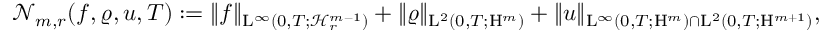
\begin{array} { r } { \mathcal { N } _ { m , r } ( f , \varrho , u , T ) : = \Vert f \Vert _ { \mathrm { L } ^ { \infty } \left( 0 , T ; \mathcal { H } _ { r } ^ { m - 1 } \right) } + \Vert \varrho \Vert _ { \mathrm { L } ^ { 2 } ( 0 , T ; \mathrm { H } ^ { m } ) } + \Vert u \Vert _ { \mathrm { L } ^ { \infty } ( 0 , T ; \mathrm { H } ^ { m } ) \cap \mathrm { L } ^ { 2 } ( 0 , T ; \mathrm { H } ^ { m + 1 } ) } , } \end{array}